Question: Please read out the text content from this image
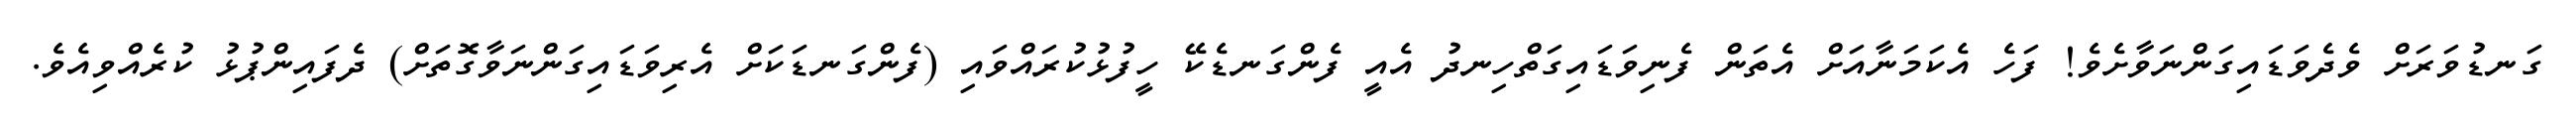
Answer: ގަނޑުވަރަށް ވެދެވަޑައިގަންނަވާށެވެ! ފަހެ އެކަމަނާއަށް އެތަން ފެނިވަޑައިގަތްހިނދު އެއީ ފެންގަނޑެކޭ ހީފުޅުކުރައްވައި (ފެންގަނޑަކަށް އެރިވަޑައިގަންނަވާގޮތަށް) ދެފައިންޕުޅު ކުރެއްވިއެވެ.